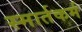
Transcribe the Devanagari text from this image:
स्मार्तकर्म